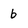
Character: b